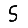
Digit: 5